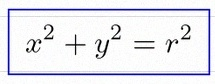
x^2+y^2=r^2